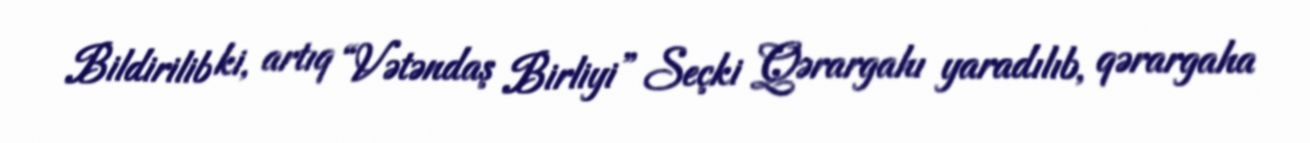
Bildirilib ki, artıq “Vətəndaş Birliyi” Seçki Qərargahı yaradılıb, qərargaha